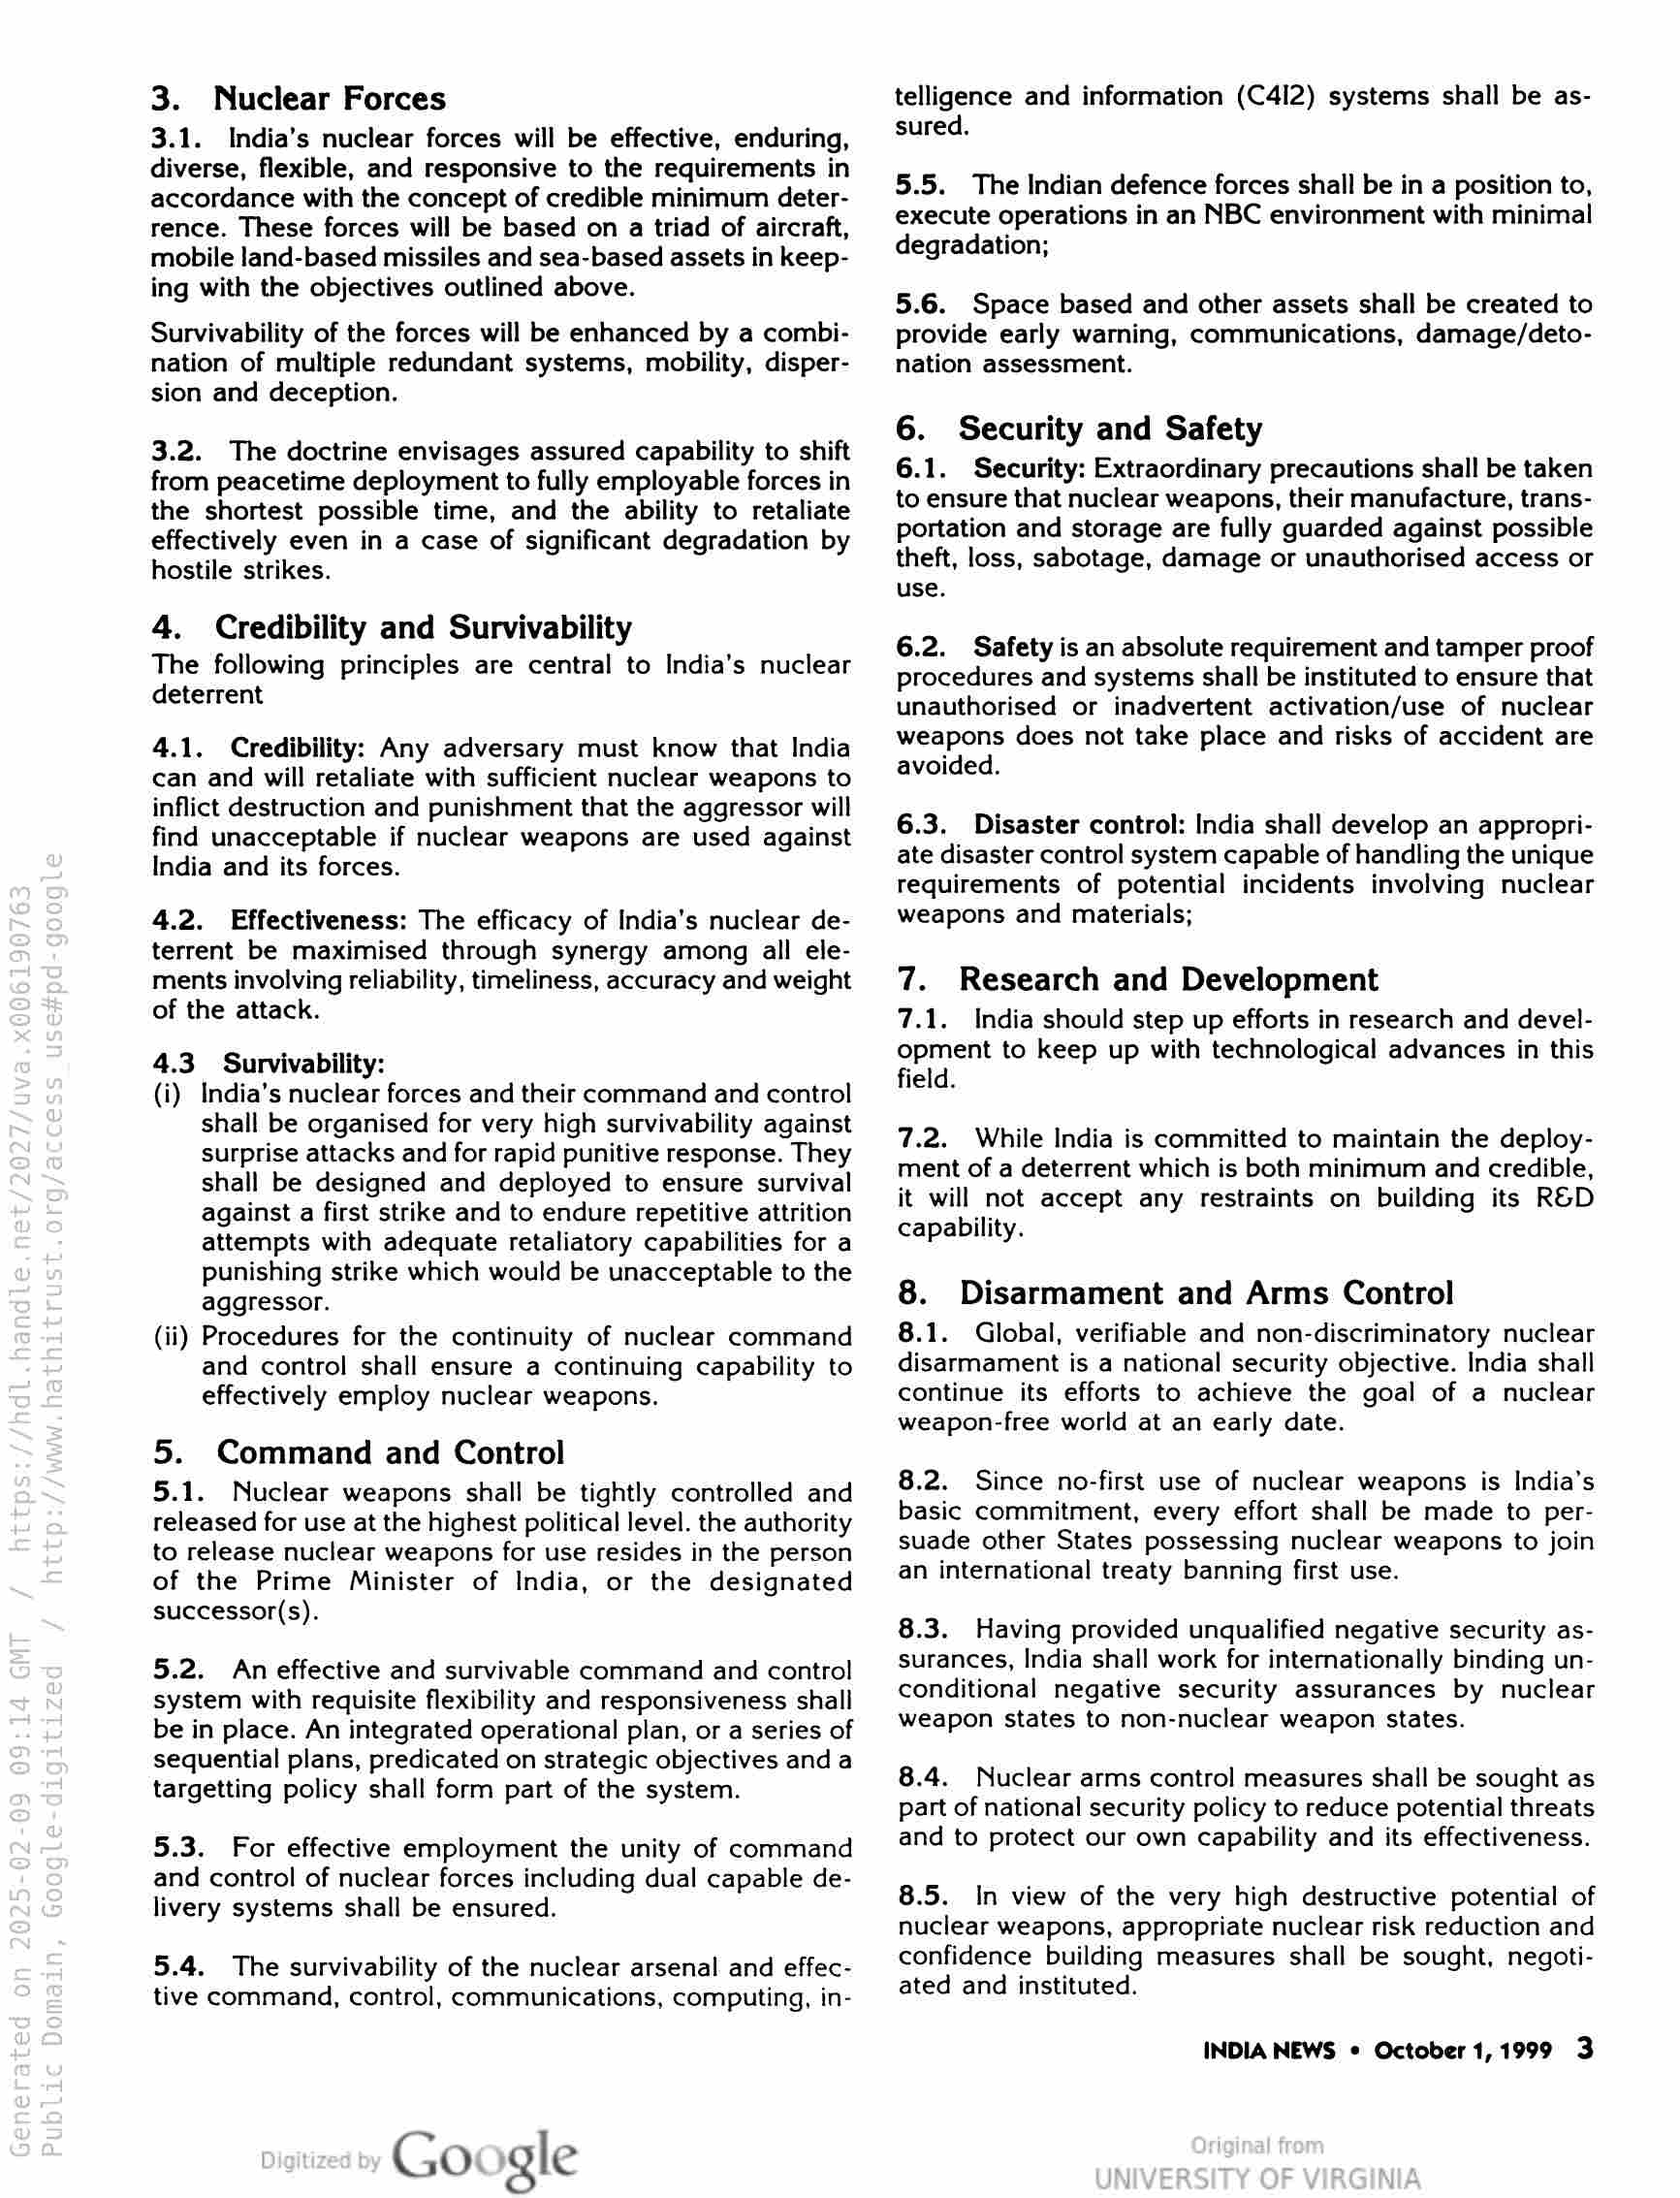
3. Nuclear Forces

3.1. India’s nuclear forces will be effective, enduring,
diverse, flexible, and responsive to the requirements in
accordance with the concept of credible minimum deter-
rence. These forces will be based on a triad of aircraft,
mobile land-based missiles and sea-based assets in keep-
ing with the objectives outlined above.

Survivability of the forces will be enhanced by a combi-
nation of multiple redundant systems, mobility, disper-
sion and deception.

3.2. The doctrine envisages assured capability to shift
from peacetime deployment to fully employable forces in
the shortest possible time, and the ability to retaliate
effectively even in a case of significant degradation by
hostile strikes.

4. Credibility and Survivability

The following principles are central to India’s nuclear
deterrent

4.1. Credibility: Any adversary must know that India
can and will retaliate with sufficient nuclear weapons to
inflict destruction and punishment that the aggressor will
find unacceptable if nuclear weapons are used against
India and its forces.

4.2. Effectiveness: The efficacy of India’s nuclear de-
terrent be maximised through synergy among all ele-
ments involving reliability, timeliness, accuracy and weight
of the attack.

4.3 Survivability:

(i) India’s nuclear forces and their command and control
shall be organised for very high survivability against
surprise attacks and for rapid punitive response. They
shall be designed and deployed to ensure survival
against a first strike and to endure repetitive attrition
attempts with adequate retaliatory capabilities for a
punishing strike which would be unacceptable to the
aggressor.

(ii) Procedures for the continuity of nuclear command
and control shall ensure a continuing capability to
effectively employ nuclear weapons.

5. Command and Control

5.1. Nuclear weapons shall be tightly controlled and
released for use at the highest political level. the authority
to release nuclear weapons for use resides in the person
of the Prime Minister of India, or the designated
successor(s).

5.2. An effective and survivable command and control
system with requisite flexibility and responsiveness shall
be in place. An integrated operational plan, or a series of
sequential plans, predicated on strategic objectives and a
targetting policy shall form part of the system.

5.3. For effective employment the unity of command
and control of nuclear forces including dual capable de-
livery systems shall be ensured.

5.4. The survivability of the nuclear arsenal and effec-
tive command, control, communications, computing, in-

telligence and information (C412) systems shall be as-
sured,

5.5. The Indian defence forces shall be in a position to,
execute operations in an NBC environment with minimal
degradation;

5.6. Space based and other assets shall be created to
provide early warning, communications, damage/deto-
nation assessment.

6. Security and Safety

6.1. Security: Extraordinary precautions shall be taken
to ensure that nuclear weapons, their manufacture, trans-
portation and storage are fully guarded against possible
theft, loss, sabotage, damage or unauthorised access or
use.

6.2. Safety is an absolute requirement and tamper proof
procedures and systems shall be instituted to ensure that
unauthorised or inadvertent activation/use of nuclear
weapons does not take place and risks of accident are
avoided.

6.3. Disaster control: India shall develop an appropri-
ate disaster control system capable of handling the unique
requirements of potential incidents involving nuclear
weapons and materials;

7. Research and Development

7.1. India should step up efforts in research and devel-
opment to keep up with technological advances in this
field.

7.2. While India is committed to maintain the deploy-
ment of a deterrent which is both minimum and credible,
it will not accept any restraints on building its R&D
capability.

8. Disarmament and Arms Control

8.1. Global, verifiable and non-discriminatory nuclear
disarmament is a national security objective. India shall
continue its efforts to achieve the goal of a nuclear
weapon-free world at an early date.

8.2. Since no-first use of nuclear weapons is India’s
basic commitment, every effort shall be made to per-
suade other States possessing nuclear weapons to join
an international treaty banning first use.

8.3. Having provided unqualified negative security as-
surances, India shall work for internationally binding un-
conditional negative security assurances by nuclear
weapon states to non-nuclear weapon states.

8.4. Nuclear arms control measures shall be sought as
part of national security policy to reduce potential threats
and to protect our own capability and its effectiveness.

8.5. In view of the very high destructive potential of
nuclear weapons, appropriate nuclear risk reduction and
confidence building measures shall be sought, negoti-
ated and instituted.

INDIA NEWS © October 1,1999 3